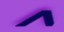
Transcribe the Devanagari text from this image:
र्‍